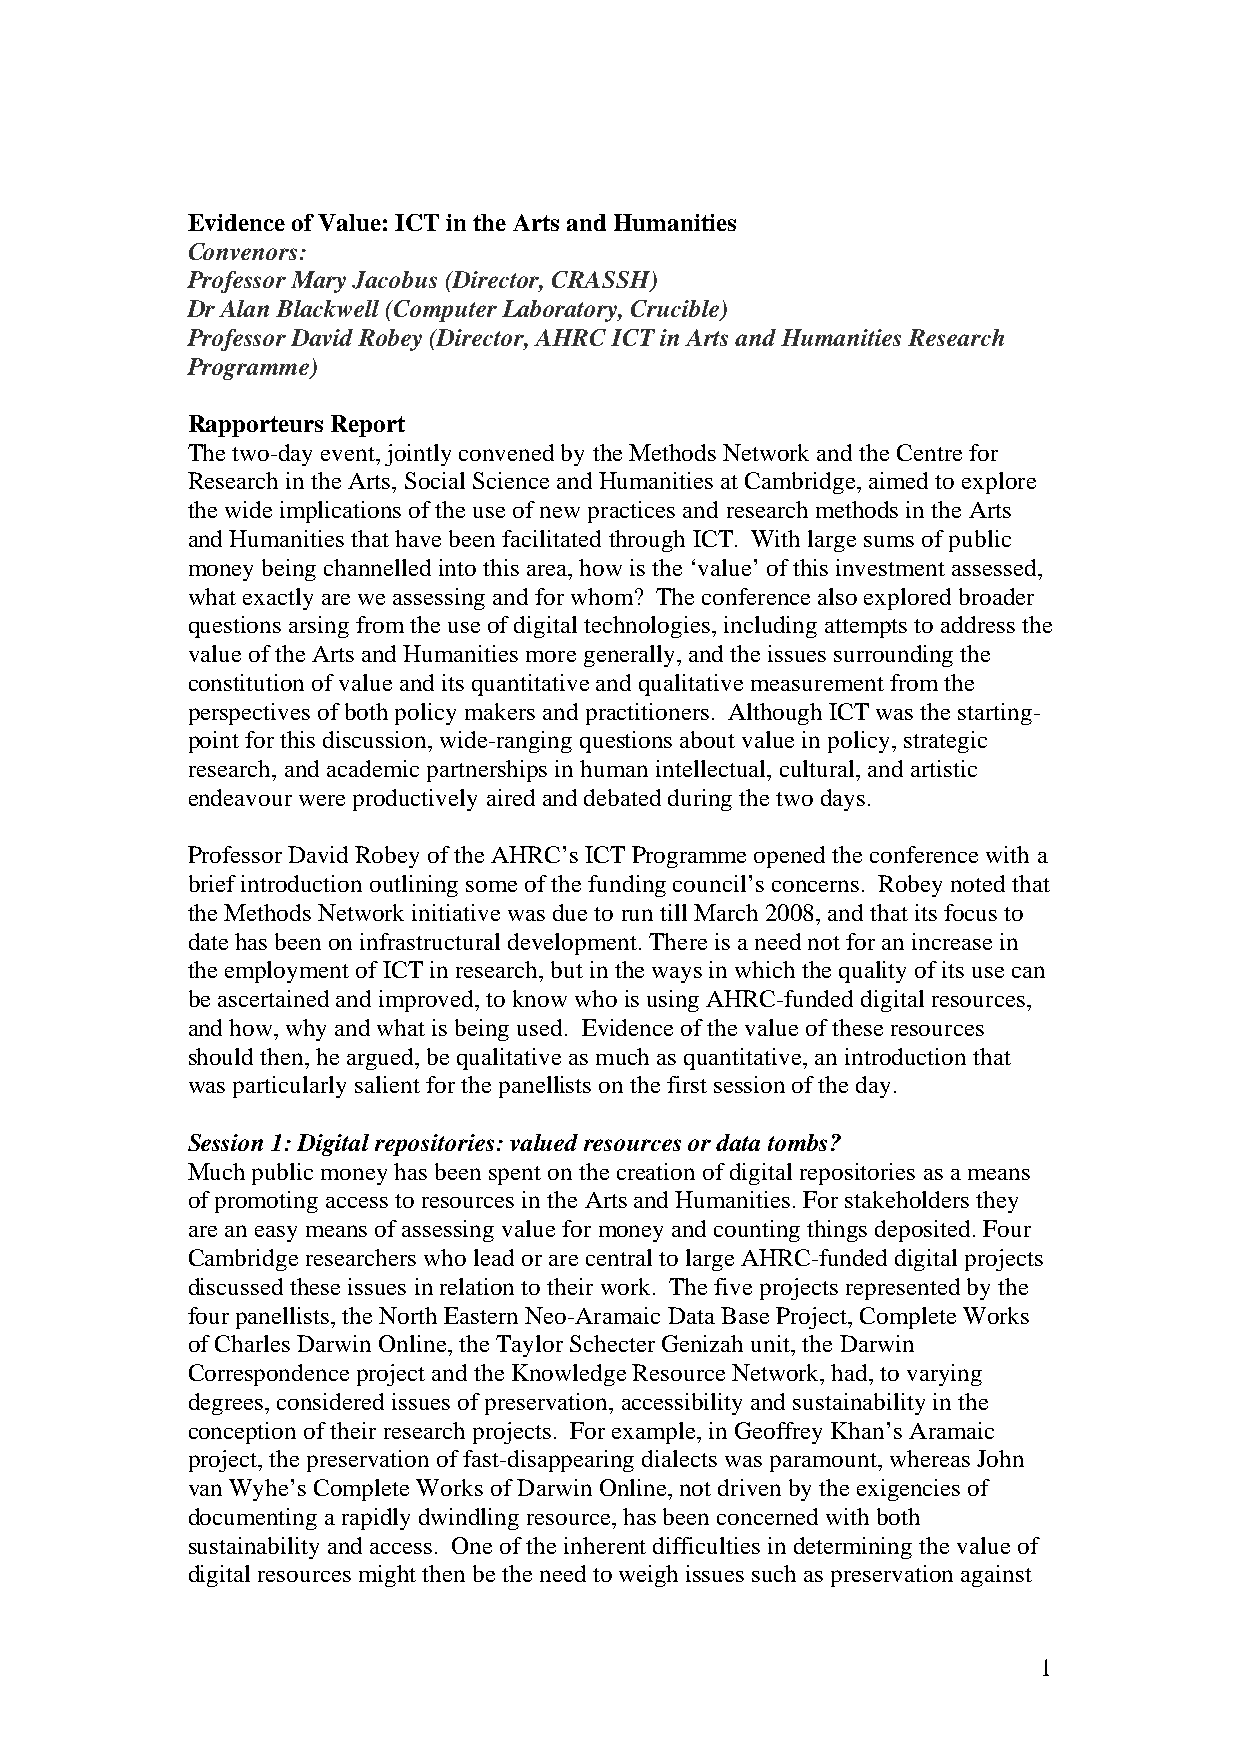
Evidence of Value: ICT in the Arts and Humanities
 Convenors:
 Professor Mary Jacobus (Director, CRASSH)
 Dr Alan Blackwell (Computer Laboratory, Crucible)
 Professor David Robey (Director, AHRC ICT in Arts and Humanities Research
 Programme)
 Rapporteurs Report
 The two-day event, jointly convened by the Methods Network and the Centre for
 Research in the Arts, Social Science and Humanities at Cambridge, aimed to explore
 the wide implications of the use of new practices and research methods in the Arts
 and Humanities that have been facilitated through ICT. With large sums of public
 money being channelled into this area, how is the ‘value’ of this investment assessed,
 what exactly are we assessing and for whom? The conference also explored broader
 questions arsing from the use of digital technologies, including attempts to address the
 value of the Arts and Humanities more generally, and the issues surrounding the
 constitution of value and its quantitative and qualitative measurement from the
 perspectives of both policy makers and practitioners. Although ICT was the starting-
 point for this discussion, wide-ranging questions about value in policy, strategic
 research, and academic partnerships in human intellectual, cultural, and artistic
 endeavour were productively aired and debated during the two days.
 Professor David Robey of the AHRC’s ICT Programme opened the conference with a
 brief introduction outlining some of the funding council’s concerns. Robey noted that
 the Methods Network initiative was due to run till March 2008, and that its focus to
 date has been on infrastructural development. There is a need not for an increase in
 the employment of ICT in research, but in the ways in which the quality of its use can
 be ascertained and improved, to know who is using AHRC-funded digital resources,
 and how, why and what is being used. Evidence of the value of these resources
 should then, he argued, be qualitative as much as quantitative, an introduction that
 was particularly salient for the panellists on the first session of the day.
 Session 1: Digital repositories: valued resources or data tombs?
 Much public money has been spent on the creation of digital repositories as a means
 of promoting access to resources in the Arts and Humanities. For stakeholders they
 are an easy means of assessing value for money and counting things deposited. Four
 Cambridge researchers who lead or are central to large AHRC-funded digital projects
 discussed these issues in relation to their work. The five projects represented by the
 four panellists, the North Eastern Neo-Aramaic Data Base Project, Complete Works
 of Charles Darwin Online, the Taylor Schecter Genizah unit, the Darwin
 Correspondence project and the Knowledge Resource Network, had, to varying
 degrees, considered issues of preservation, accessibility and sustainability in the
 conception of their research projects. For example, in Geoffrey Khan’s Aramaic
 project, the preservation of fast-disappearing dialects was paramount, whereas John
 van Wyhe’s Complete Works of Darwin Online, not driven by the exigencies of
 documenting a rapidly dwindling resource, has been concerned with both
 sustainability and access. One of the inherent difficulties in determining the value of
 digital resources might then be the need to weigh issues such as preservation against
 1